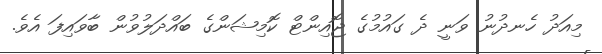
މިއަދު ހެނދުނު ވަނީ ދެ ގައުމުގެ ޖޮއިންޓް ކޮމިޝަންގެ ބައްދަލުވުން ބާވައިފަ އެވެ.